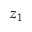
z _ { 1 }